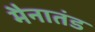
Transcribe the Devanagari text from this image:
मैनातंड